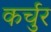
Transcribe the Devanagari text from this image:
कर्चुर